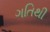
ગતિથી